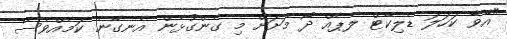
"އާވާ ކަހަލަ ޑެލިކޭޓް ލެޕެއް ދޯ މަށަށް މި ގެންގުޅެން އެނގޭނެ ކަމެއްވެސް